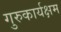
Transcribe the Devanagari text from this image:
गुरुकार्यक्षम